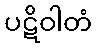
ပဋိဝါတံ